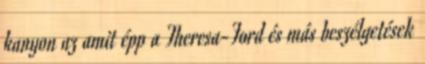
kanyon az amit épp a Theresa-Ford és más beszélgetések